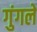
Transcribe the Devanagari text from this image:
गुंगले